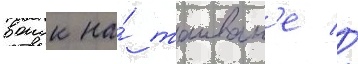
воиск на́ таиван'е //